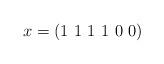
LaTeX: \begin{align*}x = \left(1\ 1\ 1\ 1\ 0\ 0\right)\end{align*}